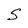
Character: S